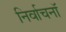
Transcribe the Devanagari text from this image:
निर्वाचनॉ